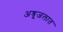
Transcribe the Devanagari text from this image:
अश्रूजलात